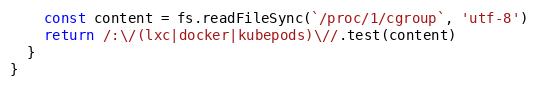
Language: JavaScript
    const content = fs.readFileSync(`/proc/1/cgroup`, 'utf-8')
    return /:\/(lxc|docker|kubepods)\//.test(content)
  }
}